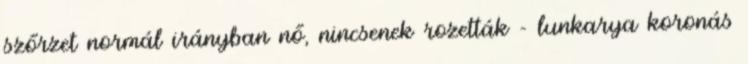
szőrzet normál irányban nő, nincsenek rozetták - lunkarya koronás